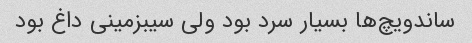
ساندویچ‌ها بسیار سرد بود ولی سیبزمینی داغ بود